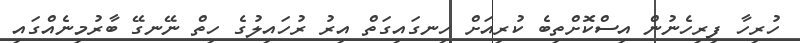
ހުރިހާ ފިރިހެނުން އިސްކޮށްތިބެ ކުރިއަށް ހިނގައިގަތް އިރު ރުހައިލުގެ ހިތް ނޭނގޭ ބާރުމިނެއްގައި